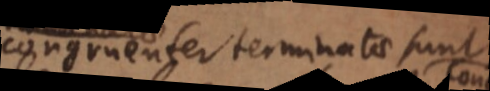
congruenter terminatae sunt